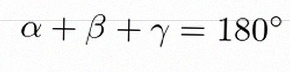
\alpha+\beta+\gamma=180^\circ